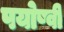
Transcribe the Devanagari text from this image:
पयोष्वी